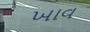
ખાવ